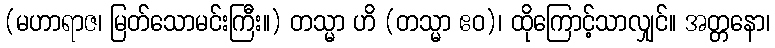
(မဟာရာဇ၊ မြတ်သောမင်းကြီး။) တသ္မာ ဟိ (တသ္မာ ဧဝ)၊ ထိုကြောင့်သာလျှင်။ အတ္တနော၊